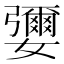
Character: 㜷